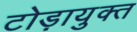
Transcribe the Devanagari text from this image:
टोड़ायुक्त